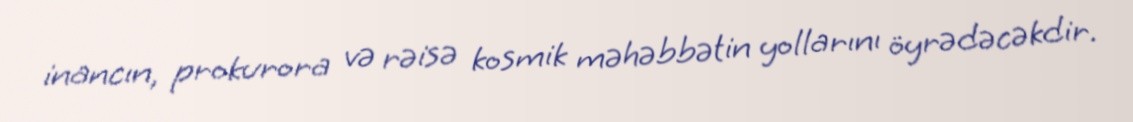
inancın, prokurora və rəisə kosmik məhəbbətin yollarını öyrədəcəkdir.